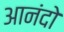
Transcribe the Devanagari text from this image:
आनंदो